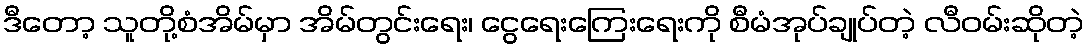
ဒီတော့ သူတို့စံအိမ်မှာ အိမ်တွင်းရေး၊ ငွေရေးကြေးရေးကို စီမံအုပ်ချုပ်တဲ့ လီဝမ်းဆိုတဲ့